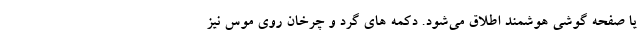
یا صفحه گوشی هوشمند اطلاق می‌شود. دکمه های گرد و چرخان روی موس نیز